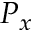
P _ { x }